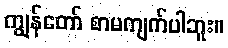
ကျွန်တော် စာမကျက်ပါဘူး။